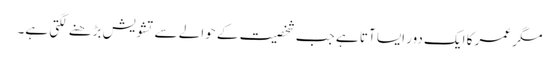
مگر عمر کا ایک دور ایسا آتا ہے جب شخصیت کے حوالے سے تشویش بڑھنے لگتی ہے۔